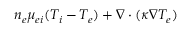
n _ { e } \mu _ { e i } ( T _ { i } - T _ { e } ) + \nabla \cdot ( \kappa \nabla T _ { e } )